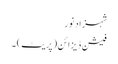
شہزاد نور
فیشن ڈیزائن (پریٹ) ۔